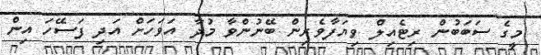
މީގެ ސަބަބުން ރިޓެއިލް ވިޔަފާވެރިން ބޭނުންވާ މުދާ އަވަހަށް އަދި ފަސޭހަ އިން